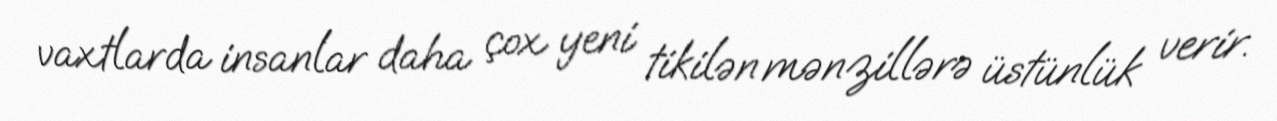
vaxtlarda insanlar daha çox yeni tikilən mənzillərə üstünlük verir.